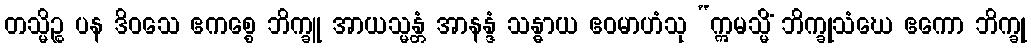
တသ္မိဉ္စ ပန ဒိဝသေ ဧကစ္စေ ဘိက္ခူ အာယသ္မန္တံ အာနန္ဒံ သန္ဓာယ ဧဝမာဟံသု “ဣမသ္မိံ ဘိက္ခုသံဃေ ဧကော ဘိက္ခု